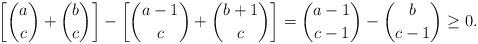
LaTeX: \begin{align*}\biggl[{a \choose c} + {b \choose c}\biggr] - \biggl[{a-1 \choose c} + {b+1 \choose c}\biggr] = {a-1 \choose c-1} - {b \choose c-1} \geq 0.\end{align*}